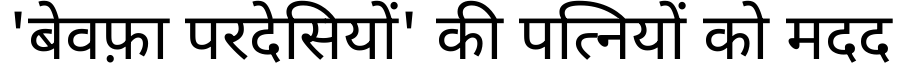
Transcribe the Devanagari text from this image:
'बेवफ़ा परदेसियों' की पत्नियों को मदद